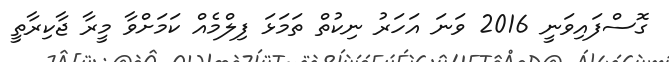
ގޮސްފައިވަނީ 2016 ވަނަ އަހަރު ނިކުތް ތަމަޅަ ފިލްމެއް ކަމަށްވާ މީރާ ޖާކިރާތީ